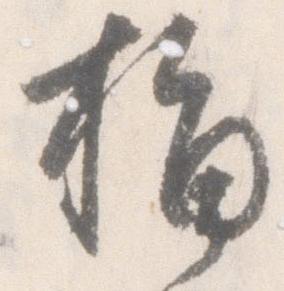
指